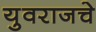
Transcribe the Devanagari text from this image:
युवराजचे